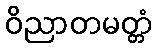
ဝိညာတမတ္တံ